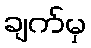
ချက်မှ